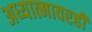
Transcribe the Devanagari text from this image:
अध्यात्मावरही